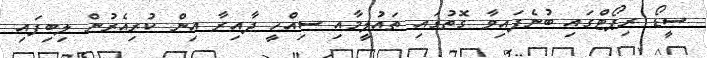
ސީޑޯ ރިޕޯޓްގައި ބުނެފައިވާ ގޮތުގައި ތައުލީމާއި ސިއްހީ ދާއިރާ އިން ކުރިއެރުން ލިބިފައި